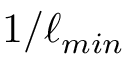
1 / \ell _ { m i n }